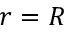
r = R